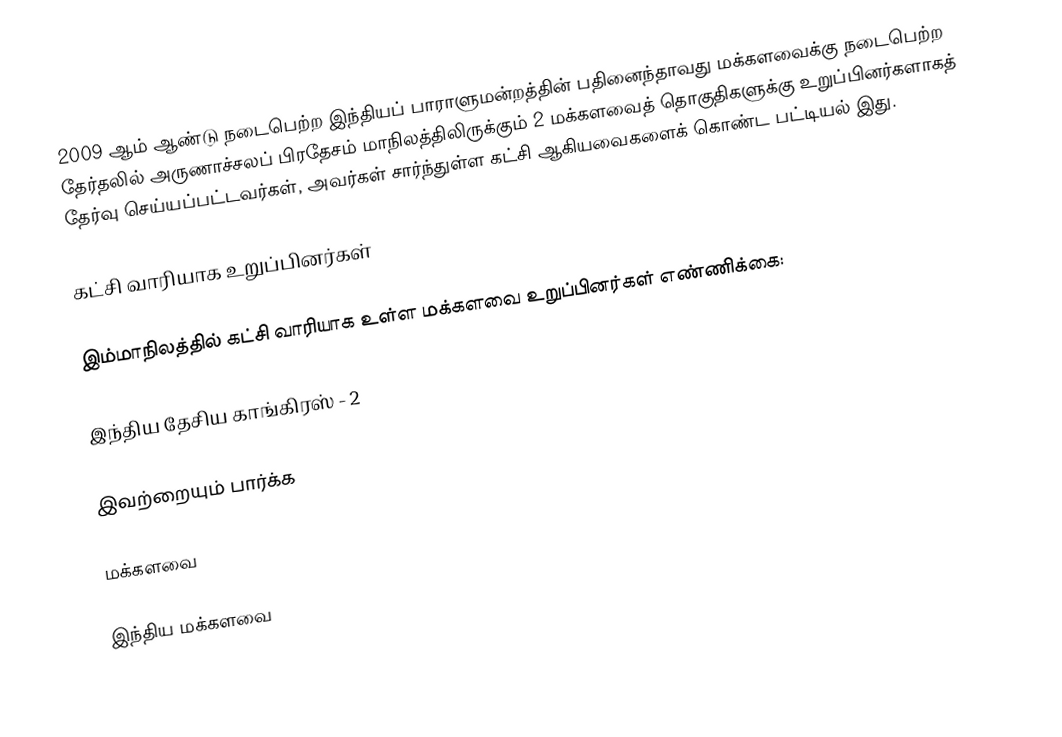
2009 ஆம் ஆண்டு நடைபெற்ற இந்தியப் பாராளுமன்றத்தின் பதினைந்தாவது மக்களவைக்கு நடைபெற்ற தேர்தலில் அருணாச்சலப் பிரதேசம் மாநிலத்திலிருக்கும் 2 மக்களவைத் தொகுதிகளுக்கு உறுப்பினர்களாகத் தேர்வு செய்யப்பட்டவர்கள், அவர்கள் சார்ந்துள்ள கட்சி ஆகியவைகளைக் கொண்ட பட்டியல் இது.

கட்சி வாரியாக உறுப்பினர்கள்

இம்மாநிலத்தில் கட்சி வாரியாக உள்ள மக்களவை உறுப்பினர்கள் எண்ணிக்கை:

இந்திய தேசிய காங்கிரஸ் - 2

இவற்றையும் பார்க்க

 மக்களவை

இந்திய மக்களவை